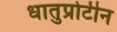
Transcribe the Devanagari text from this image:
धातुप्रोटीन